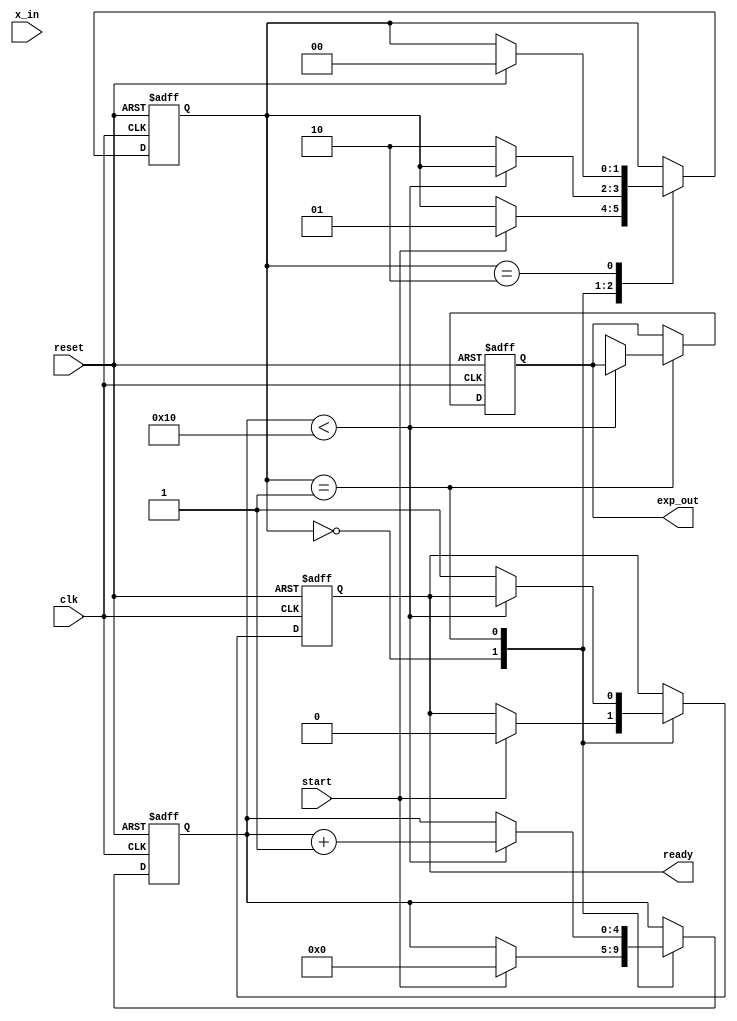
module cordic_exponential #(
    parameter WIDTH = 16,       // Bit-width for fixed-point representation
    parameter ITERATIONS = 16   // Number of CORDIC iterations
)(
    input wire clk,
    input wire reset,
    input wire start,
    input wire signed [WIDTH-1:0] x_in, // Input value for which e^x is computed
    output reg signed [WIDTH-1:0] exp_out, // Output value for e^x
    output reg ready // Signal indicating computation is complete
);

    // CORDIC angle lookup table for e^x (in fixed-point representation)
    reg signed [WIDTH-1:0] angles [0:ITERATIONS-1];
    initial begin
        // Precomputed angles for CORDIC (arctan(2^-i) for i = 0 to ITERATIONS-1)
        angles[0] = 16'h1;  // atan(1) = 45 degrees
        angles[1] = 16'h1;  // atan(1/2)
        angles[2] = 16'h1;  // atan(1/4)
        angles[3] = 16'h1;  // atan(1/8)
        // Continue filling in the angles as needed...
    end

    // Internal registers
    reg signed [WIDTH-1:0] x[0:ITERATIONS-1];
    reg signed [WIDTH-1:0] y[0:ITERATIONS-1];
    reg [4:0] iteration_count; // Counter for iterations
    reg [1:0] state; // State machine for control

    // State machine states
    localparam IDLE = 2'b00, COMPUTE = 2'b01, DONE = 2'b10;

    // CORDIC computation process
    always @(posedge clk or posedge reset) begin
        if (reset) begin
            exp_out <= 0;
            ready <= 0;
            iteration_count <= 0;
            state <= IDLE;
        end else begin
            case (state)
                IDLE: begin
                    if (start) begin
                        // Initialize values for CORDIC
                        x[0] <= x_in;
                        y[0] <= 0; // Initial y = 0
                        iteration_count <= 0;
                        state <= COMPUTE;
                        ready <= 0;
                    end
                end

                COMPUTE: begin
                    if (iteration_count < ITERATIONS) begin
                        // Perform CORDIC rotation
                        if (x[iteration_count] < 0) begin
                            x[iteration_count + 1] <= x[iteration_count] + (y[iteration_count] >> iteration_count);
                            y[iteration_count + 1] <= y[iteration_count] - (x[iteration_count] >> iteration_count);
                        end else begin
                            x[iteration_count + 1] <= x[iteration_count] - (y[iteration_count] >> iteration_count);
                            y[iteration_count + 1] <= y[iteration_count] + (x[iteration_count] >> iteration_count);
                        end
                        iteration_count <= iteration_count + 1;
                    end else begin
                        // Final output calculation
                        exp_out <= x[ITERATIONS]; // Final x value is the result
                        ready <= 1;
                        state <= DONE;
                    end
                end

                DONE: begin
                    // Stay in DONE state until reset
                    if (reset) begin
                        state <= IDLE;
                    end
                end
            endcase
        end
    end

endmodule